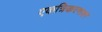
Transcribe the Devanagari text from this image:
एकत्रिकरणावर